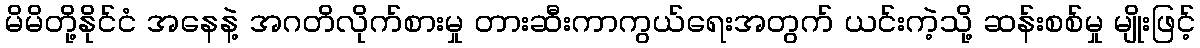
မိမိတို့နိုင်ငံ အနေနဲ့ အဂတိလိုက်စားမှု တားဆီးကာကွယ်ရေးအတွက် ယင်းကဲ့သို့ ဆန်းစစ်မှု မျိုးဖြင့်